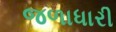
જળાધારી